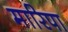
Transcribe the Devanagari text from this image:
मारिपा